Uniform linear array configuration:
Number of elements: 12
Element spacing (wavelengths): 0.5
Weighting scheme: uniform
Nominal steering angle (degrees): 15
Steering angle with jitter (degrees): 14.325
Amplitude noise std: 0.05
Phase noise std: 0.05

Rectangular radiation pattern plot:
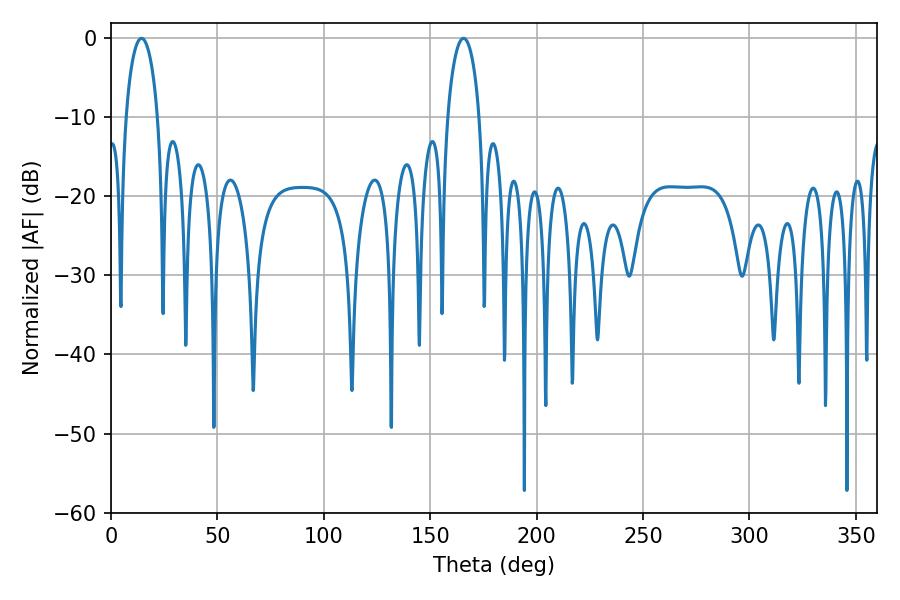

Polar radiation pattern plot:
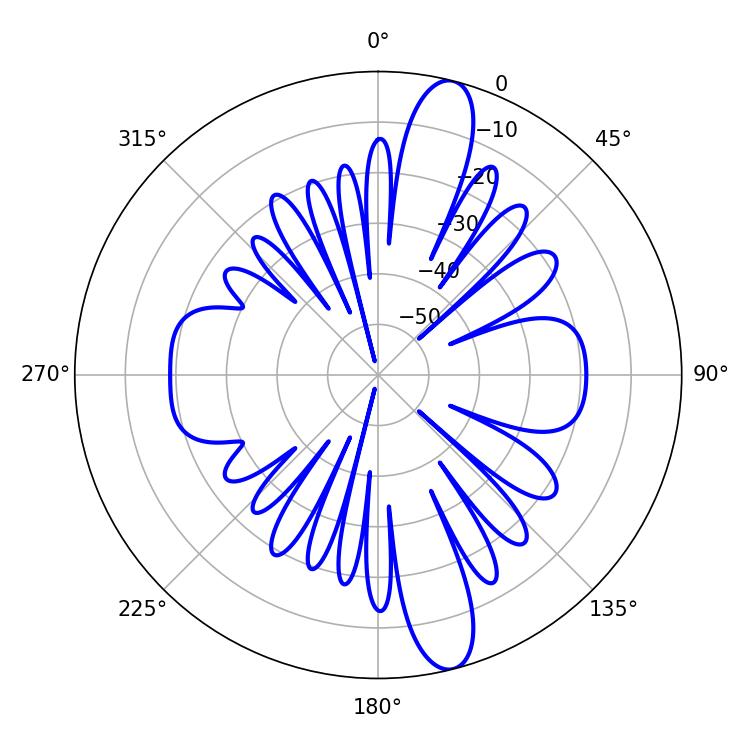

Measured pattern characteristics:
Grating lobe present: FALSE
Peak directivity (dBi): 13.768
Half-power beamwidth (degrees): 8.64
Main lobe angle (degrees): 14.4